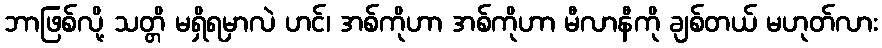
ဘာဖြစ်လို့ သတ္တိ မရှိရမှာလဲ ဟင်၊ အစ်ကိုဟာ အစ်ကိုဟာ မီလာနီကို ချစ်တယ် မဟုတ်လား